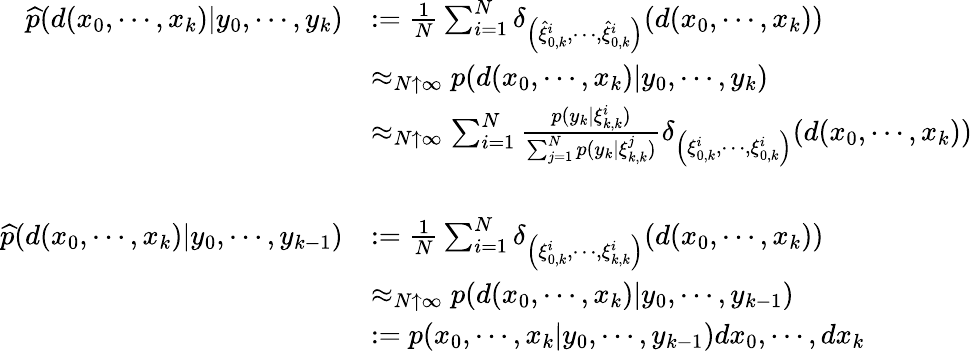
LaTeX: {\begin{array}{rl}{{\widehat{p}}(d(x_{0},\cdots,x_{k})|y_{0},\cdots,y_{k})}&{:={\frac{1}{N}}\sum_{i=1}^{N}\delta_{\left({\widehat{\xi}}_{0,k}^{i},\cdots,{\widehat{\xi}}_{0,k}^{i}\right)}(d(x_{0},\cdots,x_{k}))}\\ &{\approx_{N\uparrow\infty}p(d(x_{0},\cdots,x_{k})|y_{0},\cdots,y_{k})}\\ &{\approx_{N\uparrow\infty}\sum_{i=1}^{N}{\frac{p(y_{k}|\xi_{k,k}^{i})}{\sum_{j=1}^{N}p(y_{k}|\xi_{k,k}^{j})}}\delta_{\left(\xi_{0,k}^{i},\cdots,\xi_{0,k}^{i}\right)}(d(x_{0},\cdots,x_{k}))}\\ &{\ }\\ {{\widehat{p}}(d(x_{0},\cdots,x_{k})|y_{0},\cdots,y_{k-1})}&{:={\frac{1}{N}}\sum_{i=1}^{N}\delta_{\left(\xi_{0,k}^{i},\cdots,\xi_{k,k}^{i}\right)}(d(x_{0},\cdots,x_{k}))}\\ &{\approx_{N\uparrow\infty}p(d(x_{0},\cdots,x_{k})|y_{0},\cdots,y_{k-1})}\\ &{:=p(x_{0},\cdots,x_{k}|y_{0},\cdots,y_{k-1})dx_{0},\cdots,dx_{k}}\end{array}}